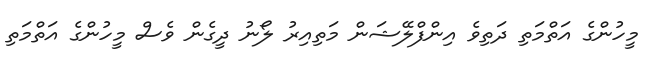
މީހުންގެ އަތްމަތި ދަތިވެ އިންފްލޭޝަން މަތިއިރު ލޯނު ދީގެން ވެސް މީހުންގެ އަތްމަތި